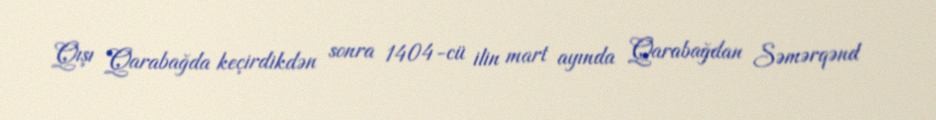
Qışı Qarabağda keçirdikdən sonra 1404-cü ilin mart ayında Qarabağdan Səmərqənd